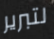
لتبرير